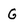
Character: G